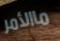
ماالأمر